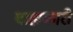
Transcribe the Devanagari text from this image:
बाह्यकारी